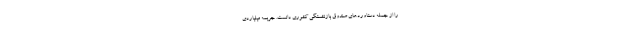
را از جمله دستاوردهای صندوق بازنشستگی کشوری دانست. جریمه میلیاردی